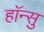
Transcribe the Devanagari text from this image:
हाॅन्सु